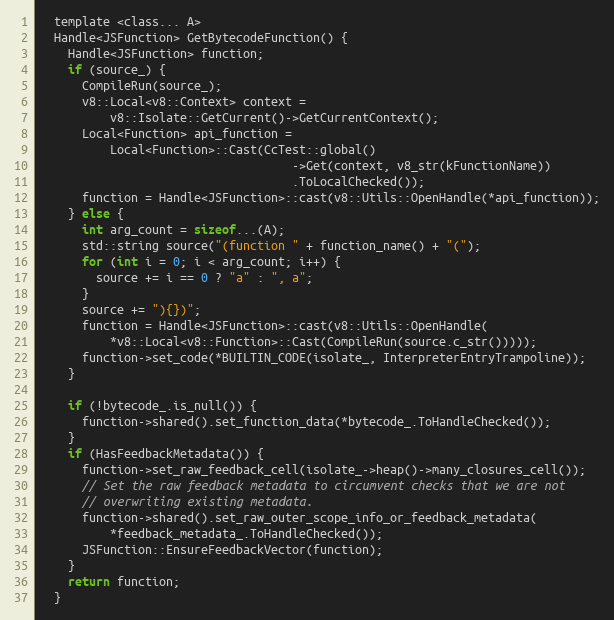
Language: C
  template <class... A>
  Handle<JSFunction> GetBytecodeFunction() {
    Handle<JSFunction> function;
    if (source_) {
      CompileRun(source_);
      v8::Local<v8::Context> context =
          v8::Isolate::GetCurrent()->GetCurrentContext();
      Local<Function> api_function =
          Local<Function>::Cast(CcTest::global()
                                    ->Get(context, v8_str(kFunctionName))
                                    .ToLocalChecked());
      function = Handle<JSFunction>::cast(v8::Utils::OpenHandle(*api_function));
    } else {
      int arg_count = sizeof...(A);
      std::string source("(function " + function_name() + "(");
      for (int i = 0; i < arg_count; i++) {
        source += i == 0 ? "a" : ", a";
      }
      source += "){})";
      function = Handle<JSFunction>::cast(v8::Utils::OpenHandle(
          *v8::Local<v8::Function>::Cast(CompileRun(source.c_str()))));
      function->set_code(*BUILTIN_CODE(isolate_, InterpreterEntryTrampoline));
    }

    if (!bytecode_.is_null()) {
      function->shared().set_function_data(*bytecode_.ToHandleChecked());
    }
    if (HasFeedbackMetadata()) {
      function->set_raw_feedback_cell(isolate_->heap()->many_closures_cell());
      // Set the raw feedback metadata to circumvent checks that we are not
      // overwriting existing metadata.
      function->shared().set_raw_outer_scope_info_or_feedback_metadata(
          *feedback_metadata_.ToHandleChecked());
      JSFunction::EnsureFeedbackVector(function);
    }
    return function;
  }